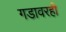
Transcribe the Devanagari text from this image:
गडावरही